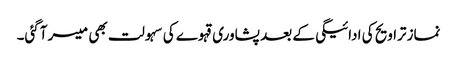
نماز تراویح کی ادائیگی کے بعد پشاوری قہوے کی سہولت بھی میسر آگئی۔